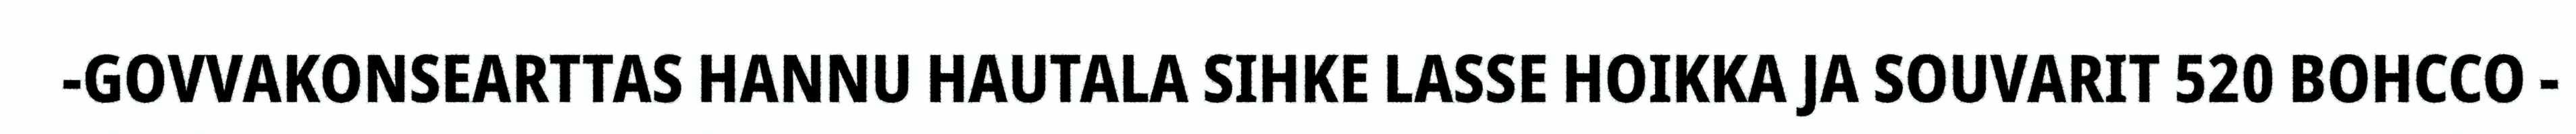
-GOVVAKONSEARTTAS HANNU HAUTALA SIHKE LASSE HOIKKA JA SOUVARIT 520 BOHCCO -